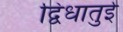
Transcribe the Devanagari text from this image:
द्विधातुई